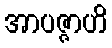
အာပဇ္ဇာဟိ